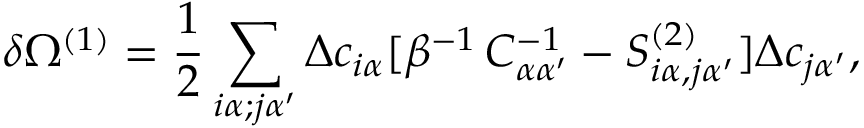
\delta \Omega ^ { ( 1 ) } = \frac { 1 } { 2 } \sum _ { i \alpha ; j \alpha ^ { \prime } } \Delta c _ { i \alpha } [ \beta ^ { - 1 } \, C _ { \alpha \alpha ^ { \prime } } ^ { - 1 } - S _ { i \alpha , j \alpha ^ { \prime } } ^ { ( 2 ) } ] \Delta c _ { j \alpha ^ { \prime } } ,